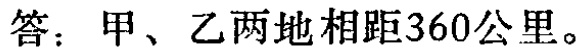
答：甲、乙两地相距360公里。